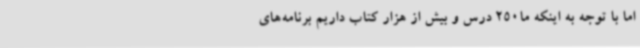
اما با توجه به اینکه ما250 درس و بیش از هزار کتاب داریم برنامه‌های